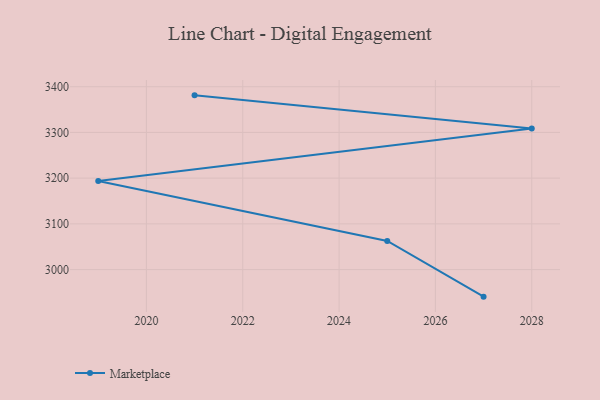
{"axis": {"x": "Year", "y": "Net Income (USD K)"}, "legend": ["Marketplace"], "data": [{"x": "2021", "y": 3381.1, "type": "Marketplace"}, {"x": "2028", "y": 3308.6, "type": "Marketplace"}, {"x": "2019", "y": 3193.9, "type": "Marketplace"}, {"x": "2025", "y": 3062.7, "type": "Marketplace"}, {"x": "2027", "y": 2940.8, "type": "Marketplace"}]}